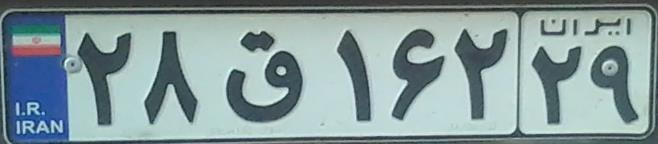
۲۸ق۱۶۲۲۹